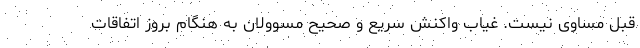
قبل مساوی نیست. غیاب واکنش سریع و صحیح مسوولان به هنگام بروز اتفاقات